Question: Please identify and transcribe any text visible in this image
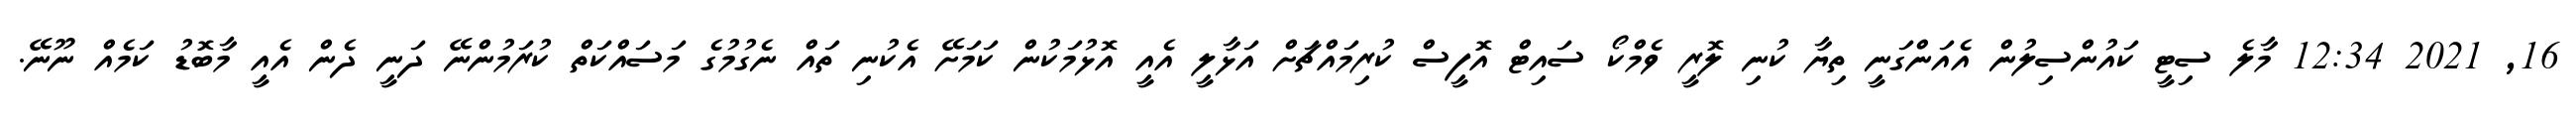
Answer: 16, 2021 12:34 މާލެ ސިޓީ ކައުންސިލުން އެއަންގަނީ ތިޔާ ކުނި ލޮރީ ވެމްކޯ ސައިޓް އޮފީސް ކުރިމައްޗަށް އަޅާލީ އެއީ އޮޅުމަކުން ކަމަށޭ އެކުނި ތައް ނެގުމުގެ މަސައްކަތް ކުރަމުންނޭ ދަނީ ދެން އެއީ މާބޮޑު ކަމެއް ނޫނޭ.